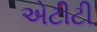
એટીટી